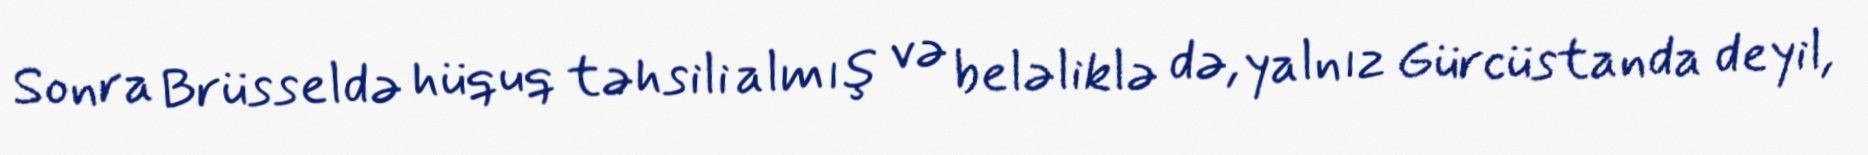
Sonra Brüsseldə hüquq təhsili almış və beləliklə də, yalnız Gürcüstanda deyil,